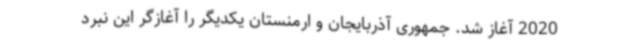
2020 آغاز شد. جمهوری آذربایجان و ارمنستان یکدیگر را آغازگر این نبرد